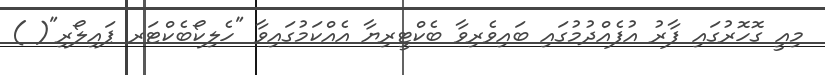
މިއީ ގޮހޮރުގައި ފާރު އުފެއްދުމުގައި ބައިވެރިވާ ބެކްޓީރިޔާ އެއްކަމުގައިވާ "ހެލިކޯބެކްޓަރ ޕައިލޯރި"( )